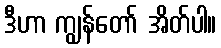
ဒီဟာ ကျွန်တော် အိတ်ပါ။